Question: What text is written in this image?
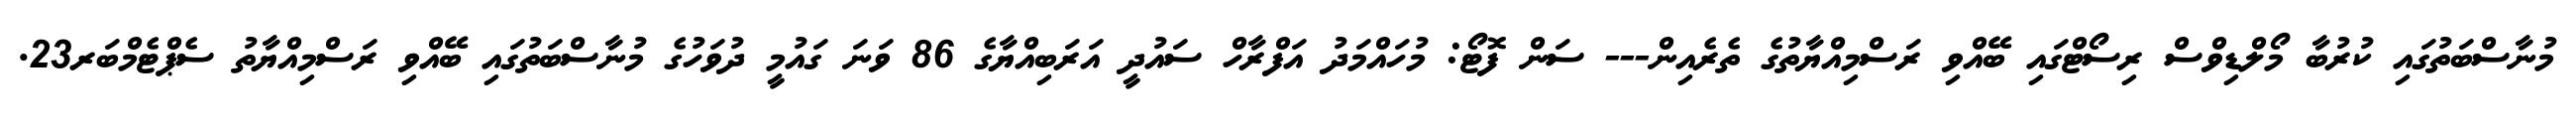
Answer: މުނާސްބަތުގައި ކުރުބާ މޯލްޑިވްސް ރިސޯޓްގައި ބޭއްވި ރަސްމިއްޔާތުގެ ތެރެއިން--- ސަން ފޮޓޯ: މުހައްމަދު އަފްރާހް ސައުދީ އަރަބިއްޔާގެ 86 ވަނަ ގައުމީ ދުވަހުގެ މުނާސްބަތުގައި ބޭއްވި ރަސްމިއްޔާތު ސެޕްޓެމްބަރ23.